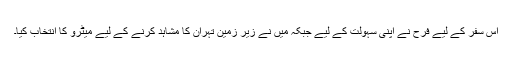
اس سفر کے لیے فرح نے اپنی سہولت کے لیے جبکہ میں نے زیرِ زمین تہران کا مشاہد کرنے کے لیے میٹرو کا انتخاب کیا۔